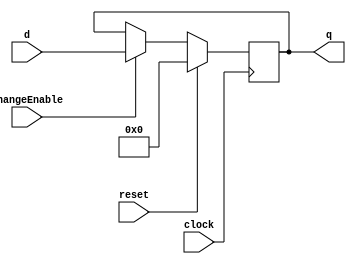
module PC (
    input [15:0] d,
    input clock,
    input changeEnable,
    input reset,
    output reg [15:0] q
);

    always @(posedge clock) begin
        if(reset) begin
            q <= 16'h 0000;//resetPC
        end else begin
            if(changeEnable) begin
                q <= d;
            end
        end
    end    

endmodule